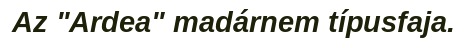
Az "Ardea" madárnem típusfaja.